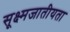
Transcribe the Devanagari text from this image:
सूक्ष्मजातीयता